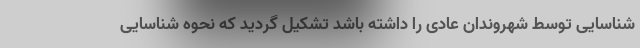
شناسایی توسط شهروندان عادی را داشته باشد تشکیل گردید که نحوه شناسایی